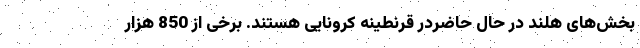
بخش‌های هلند در حال حاضردر قرنطینه کرونایی هستند. برخی از 850 هزار